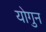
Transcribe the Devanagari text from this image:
योगुन